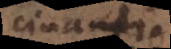
cinati